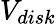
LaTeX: V_{disk}